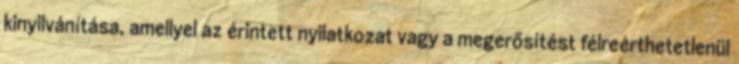
kinyilvánítása, amellyel az érintett nyilatkozat vagy a megerősítést félreérthetetlenül